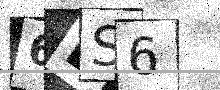
Text: 6DS6